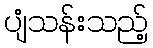
ပျံသန်းသည့်